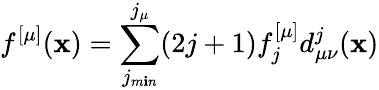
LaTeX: f^{[\mu]}(\mathbf{x})=\sum_{j_{m\mathbf{i}n}}^{j_{\mu}}(2j+1)f_{j}^{[\mu]}d_{\mu\nu}^{j}(\mathbf{x})